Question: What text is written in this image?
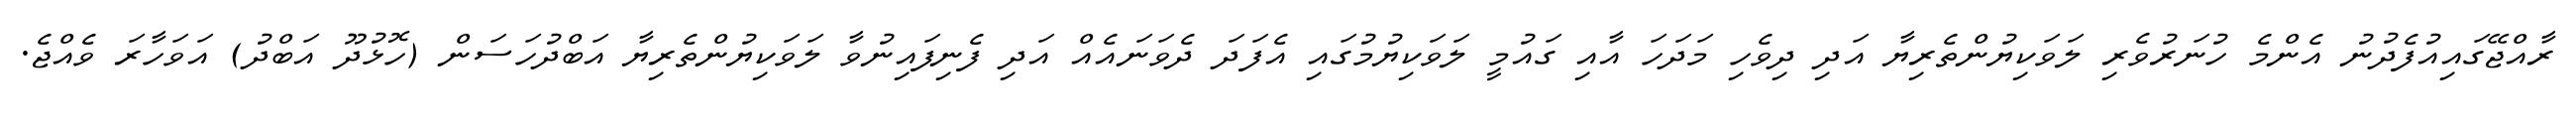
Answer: ރާއްޖޭގައިއުފެދުނު އެންމެ ހުނަރުވެރި ލަވަކިޔުންތެރިޔާ އަދި ދިވެހި މަދަހަ އާއި ގައުމީ ލަވަކިޔުމުގައި އެފަދަ ދެވަނައެއް އަދި ފެނިފައިނުވާ ލަވަކިޔުންތެރިޔާ އަބްދުހަސަން (ހޮޅުދޫ އަބްދު) އަވަހާރަ ވެއްޖެ.